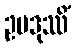
ဥပဒုဿိံ